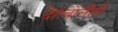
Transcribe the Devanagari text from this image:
देहबोलीही